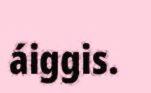
áiggis.